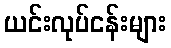
ယင်းလုပ်ငန်းများ